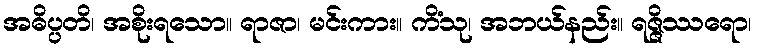
အဓိပ္ပတိ၊ အစိုးရသော။ ရာဇာ၊ မင်းကား။ ကိံသု၊ အဘယ်နည်း။ ရဇ္ဇိဿရော၊